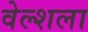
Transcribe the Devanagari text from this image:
वेल्शला